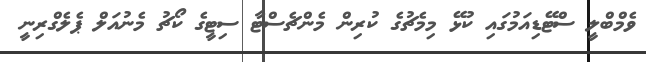
ވެމްބްލީ ސްޓޭޑިއަމުގައި ކުޅޭ މިމެޗުގެ ކުރިން މެންޗެސްޓާ ސިޓީގެ ކޯޗު މެނުއަލް ޕެލެގްރިނީ